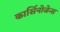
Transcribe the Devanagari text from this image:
कार्सिनोजेन्स